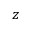
z